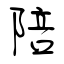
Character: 陪